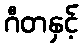
ဂီတနှင့်